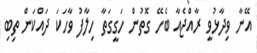
އޭނާ ވިދާޅުވީ ރާއްޖެއާ ބެހޭ ގޮތުން ހަގީގަތާ ހިލާފު ވާހަކަ ދައްކަން ތިބި